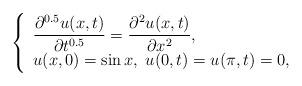
LaTeX: \begin{align*}\left\{\begin{array}{l l}\dfrac{\partial^{0.5} u(x,t)}{\partial t^{0.5}}=\dfrac{\partial^2 u(x,t)}{\partial x^2},& \\u(x,0)=\sin x,\;u(0,t)=u(\pi,t)=0,& \\\end{array} \right . \end{align*}